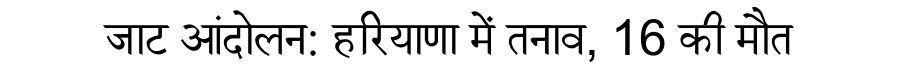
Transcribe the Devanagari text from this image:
जाट आंदोलन: हरियाणा में तनाव, 16 की मौत